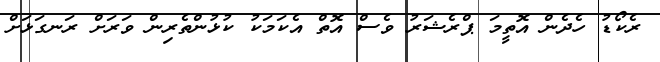
ރެކޯޑު ހެދެން އޮތީމަ ޕްރެޝަރު ވެސް އޮތް އެކަމަކު ކުޅުންތެރިން ވަރަށް ރަނގަޅަށް